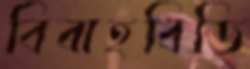
বিবাহবিডি